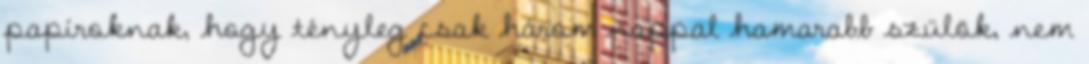
papíroknak, hogy tényleg csak három nappal hamarabb szülök, nem